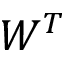
W ^ { T }